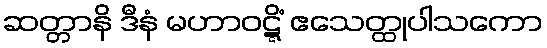
ဆတ္တာနိ ဒီနံ မဟာဝဋ္ဋိံ ဧသေတ္ထုပါသကော